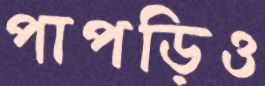
পাপড়িও